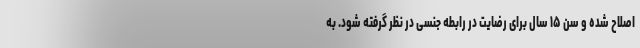
اصلاح شده و سن ۱۵ سال برای رضایت در رابطه جنسی در نظر گرفته شود. به